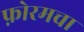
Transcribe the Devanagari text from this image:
फ़ोरमचा